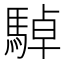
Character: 䮓